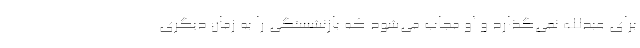
برای عبدالله نمی‌گذارد و او مجاب می‌شود که بازنشستگی را به زمان دیگری